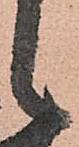
候